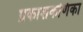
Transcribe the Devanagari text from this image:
प्रकाशकणिका